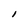
Character: I